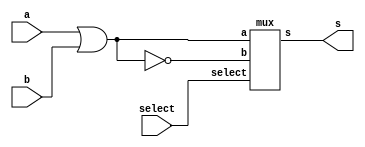
// -------------------------
// Exemplo_0705 - GATES
// Laura Iara Silva Santos Xavier - 734661
// -------------------------
module LU_1 ( output s, input a, b, select );

// descrever por portas
wire s0, s1;

or OR1(s0, a, b);
nor NOR1(s1, a, b);
mux MUX1(s, s0, s1, select);

endmodule // LU_1

module LU_2 ( output s, input a, b, select );

// descrever por portas
wire s0, s1;

and AND1(s0, a, b);
nand NAND1(s1, a, b);
mux MUX1(s, s0, s1, select);

endmodule // LU_2

module LU_3 ( output s, input a, b, select );

// descrever por portas
wire s0, s1;

or OR1(s0, a, b);
nor NOR1(s1, a, b);
mux MUX1(s, s0, s1, select);

endmodule // LU_3

module LU_4 ( output s, input a, b, select );

// descrever por portas
wire s0, s1;

not NOT1(s0, a);
not NOT2(s1, b);
mux MUX1(s, s0, s1, select);

endmodule // LU_2
// -------------------------
// multiplexer
// -------------------------
module mux ( output s,
 input a,
 input b,
 input select );
// definir dados locais
 wire not_select;
 wire sa;
 wire sb;
// descrever por portas
 not NOT1 ( not_select, select );
 and AND1 ( sa, a, not_select );
 and AND2 ( sb, b, select );
 or OR1 ( s , sa, sb );
endmodule // mux

module test_LU;
// ------------------------- definir dados
 reg a, b;
 reg select_1, select_2, select_3;
 wire s0, s1, s2, s3, s, sx, sy, sz, sw;
 
 LU_1 lu1 (s0, a, b, select_1);
 LU_2 lu2 (s1, a, b, select_1);
 LU_3 lu3 (s2, a, b, select_1);
 LU_4 lu4 (s3, a, b, select_1);

 mux MUX1(sx, s0, s1, select_2);

 mux MUX2(sy, s2, s3, select_2);

 mux MUX3(s, s2, s3, select_3);


 
 initial
    begin
    a = 0; b = 0; select_1 = 0; select_2 = 0; select_3 = 0;
    end

// ------------------------- parte principal
 initial
 begin : main
 $display("Exemplo_0705 -  Laura Iara Silva Santos Xavier - 734661");
 $display("Test LU's module");
 $display(" a b   x   s ");
 
 $monitor("%2b%2b  %1b%1b%1b%3b", a, b, select_3, select_2, select_1, s);
                                // 0 0 0
 #1 b = 1;
 #1 a = 1; b = 0;
 #1 b = 1;
 #1 a = 0; b = 0; select_1 = 1; // 0 0 1        
 #1 b = 1;
 #1 a = 1; b = 0;
 #1 b = 1;                      // 0 1 0
 #1 a = 0; b = 0; select_2 = 1; select_3 = 0; select_1 = 0; 
 #1 b = 1;
 #1 a = 1; b = 0;
 #1 b = 1;
 #1 a = 0; b = 0; select_1 = 1;  // 0 1 1
 #1 b = 1;
 #1 a = 1; b = 0;
 #1 b = 1;
 #1 a = 0; b = 0; select_1 = 0; select_2 = 0; select_3 = 1; // 1 0 0
 #1 b = 1;
 #1 a = 1; b = 0;
 #1 b = 1;
 #1 a = 0; b = 0; select_1 = 1;  // 1 0 1
 #1 b = 1;
 #1 a = 1; b = 0;
 #1 b = 1;                      // 1 1 0
 #1 a = 0; b = 0; select_1 = 0;
 #1 b = 1;
 #1 a = 1; b = 0;
 #1 b = 1;                      // 1 1 1
 #1 a = 0; b = 0; select_1 = 1;
 #1 b = 1;
 #1 a = 1; b = 0;
 #1 b = 1; 
 end
endmodule // test_LU